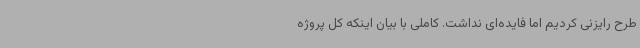
طرح رایزنی کردیم اما فایده‌ای نداشت. کاملی با بیان اینکه کل پروژه